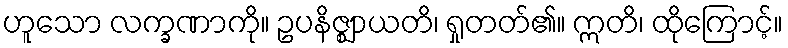
ဟူသော လက္ခဏာကို။ ဥပနိဇ္ဈာယတိ၊ ရှုတတ်၏။ ဣတိ၊ ထိုကြောင့်။